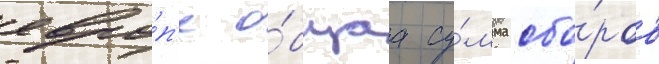
евро́п'е о́бщаа су́мма сбо́ров